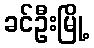
ခင်ဦးမြို့